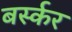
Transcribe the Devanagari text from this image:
बर्स्कर